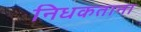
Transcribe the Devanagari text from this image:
निधकताना